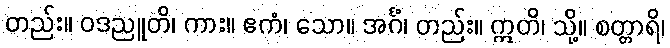
တည်း။ ဝဒညူတိ၊ ကား။ ဧကံ၊ သော။ အင်္ဂံ၊ တည်း။ ဣတိ၊ သို့။ စတ္တာရိ၊